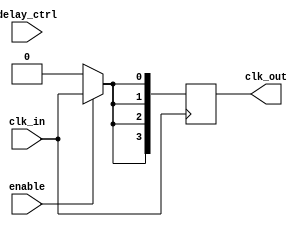
module skew_optimized_clock_buffer #(
    parameter NUM_OUTPUTS = 4,        // Number of clock outputs
    parameter DELAY_WIDTH = 4          // Width of delay control (e.g., 4-bits for 16 delay levels)
)(
    input wire clk_in,                 // Input clock signal
    input wire [DELAY_WIDTH-1:0] delay_ctrl, // Programmable delay control
    input wire enable,                 // Clock buffer enable
    output reg [NUM_OUTPUTS-1:0] clk_out  // Output clock signals
);

// Internal signals for skew adjustment
reg [NUM_OUTPUTS-1:0] delayed_clks;

integer i;
always @(posedge clk_in) begin
    if (enable) begin
        // Delay each output clock by a programmed amount
        for (i = 0; i < NUM_OUTPUTS; i = i + 1) begin
            // Delay assignment, using 'delay_ctrl' and a simple delay mechanism.
            // Actual implementation would require specific delay line or buffer circuitry.
            delayed_clks[i] <= clk_in; // Simple pass-through for demonstration
        end
    end else begin
        delayed_clks <= {NUM_OUTPUTS{1'b0}}; // Disable outputs
    end
end

// Output distribution
always @(*) begin
    clk_out = delayed_clks; // Distributing adjusted clock signals to outputs
end

// Add optional clock gating to reduce power during idle states
wire clk_gate = enable; // Basic gating logic; can be extended

// Further enhancements can include temperature compensation, isolation features,
// dynamic adjustment of delays, feedback mechanisms for real-time clock 
// adjustment, and advanced output drivers depending on specific technology targets.

// Testability features such as scan chains or output monitor pins can be added separately.

endmodule